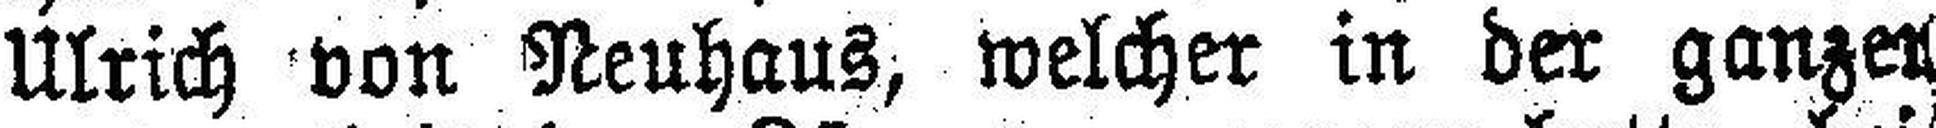
Ulrich von Neuhaus, welcher in der ganzer